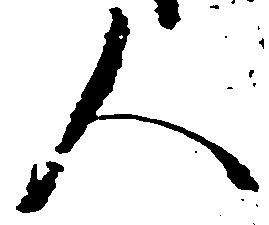
人